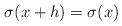
LaTeX: \begin{align*} \sigma(x+h)=\sigma(x)\end{align*}